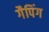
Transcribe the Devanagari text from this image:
गैपिंग